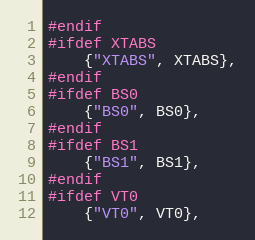
Language: C
#endif
#ifdef XTABS
    {"XTABS", XTABS},
#endif
#ifdef BS0
    {"BS0", BS0},
#endif
#ifdef BS1
    {"BS1", BS1},
#endif
#ifdef VT0
    {"VT0", VT0},